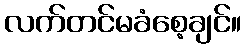
လက်တင်မခံစေ့ချင်။